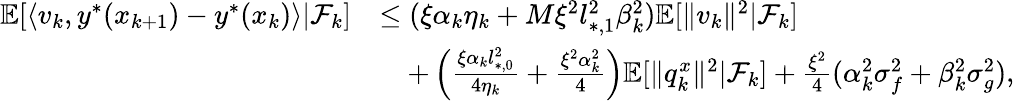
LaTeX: \begin{array}{rl}{\mathbb{E}[\langle v_{k},y^{*}(x_{k+1})-y^{*}(x_{k})\rangle|\mathcal{F}_{k}]}&{\le(\xi\alpha_{k}\eta_{k}+M\xi^{2}l_{*,1}^{2}\beta_{k}^{2})\mathbb{E}[\| v_{k}\| ^{2}|\mathcal{F}_{k}]}\\ &{\quad+\left(\frac{\xi\alpha_{k}l_{*,0}^{2}}{4\eta_{k}}+\frac{\xi^{2}\alpha_{k}^{2}}{4}\right)\mathbb{E}[\| q_{k}^{x}\| ^{2}|\mathcal{F}_{k}]+\frac{\xi^{2}}{4}(\alpha_{k}^{2}\sigma_{f}^{2}+\beta_{k}^{2}\sigma_{g}^{2}),}\end{array}